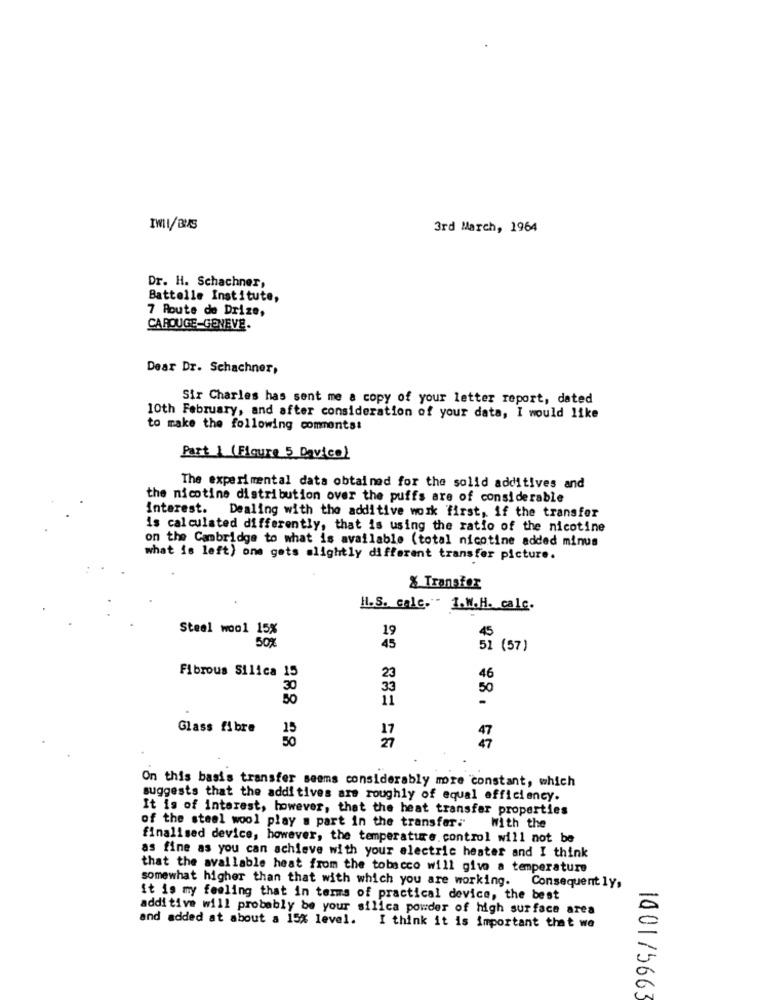
IWIL/BAS
3rd March, 1964
Dr. H. Schachner,
Battelle Institute,
7 Route de Drize,
CAROUGE-GENEVE.
Dear Dr. Schachner,
Sir Charles has sent me a copy of your letter report, dated
10th February, and after consideration of your data, I would like
to make the following comments:
Part ] (Flaure 5 Davico)
The experimental data obtained for the solid additives and
the nicotine distribution over the puffs are of considerable
Interest. Dealing with the additive work first, if the transfer
is calculated differently, that is using the ratio of the nicotine
on the Cambridge to what is available (total nicotine added minus
what is left) one gets slightly different transfer picture.
% Transfer
H.S. calc. - 1.W.H. calc.
Steel wool 15%
19
50%
45
51 ( 57 )
Fibrous Silica 15
23
46
30
33
50
50
11
-
Glass fibre
On this basis transfer seems considerably more constant, which
suggests that the addi tives are roughly of equal efficiency.
It is of interest, however, that the heat transfer properties
of the steel wool play a part in the transfer.
With the
finalised device, however, the temperature.control will not be
as fine as you can achieve with your electric heater and I think
that the available heat from the tobacco will give a temperature
somewhat higher than that with which you are working. Consequently,
it is my feeling that in terms of practical device, the best
addi tive will probably be your silica powder of high surface area
and added at about a 15% level. I think it is important that we
1001/5663